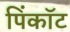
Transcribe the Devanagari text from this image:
पिंकॉट